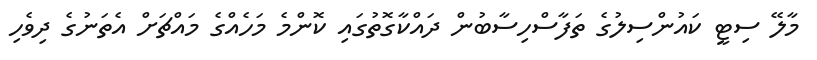
މާލޭ ސިޓީ ކައުންސިލުގެ ތަފާސްހިސާބުން ދައްކާގޮތުގައި ކޮންމެ މަހެއްގެ މައްޗަށް އެތަނުގެ ދިވެހި